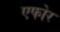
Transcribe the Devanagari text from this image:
एफोर